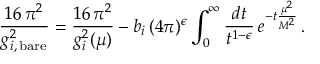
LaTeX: \frac { 1 6 \, \pi ^ { 2 } } { g _ { i , \, \mathrm { b a r e } } ^ { 2 } } = \frac { 1 6 \, \pi ^ { 2 } } { g _ { i } ^ { 2 } ( \mu ) } - b _ { i } \, ( 4 \pi ) ^ { \epsilon } \int _ { 0 } ^ { \infty } \frac { d t } { t ^ { 1 - \epsilon } } \, e ^ { - t \frac { \mu ^ { 2 } } { M ^ { 2 } } } \, .